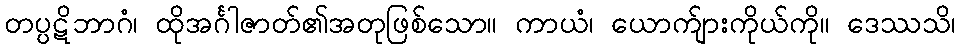
တပ္ပဋိဘာဂံ၊ ထိုအင်္ဂါဇာတ်၏အတုဖြစ်သော။ ကာယံ၊ ယောက်ျားကိုယ်ကို။ ဒေဿသိ၊